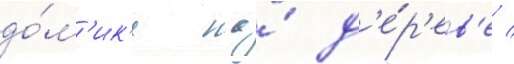
до́м'ик'е на́ д'е́р'ев'е /